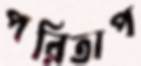
পরিতাপ